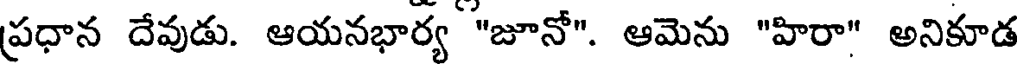
ప్రధాన దేవుడు. ఆయనభార్య "జూనో". ఆమెను "హిరా" అనికూడ